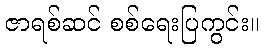
ဇာရစ်ဆင် စစ်ရေးပြကွင်း။